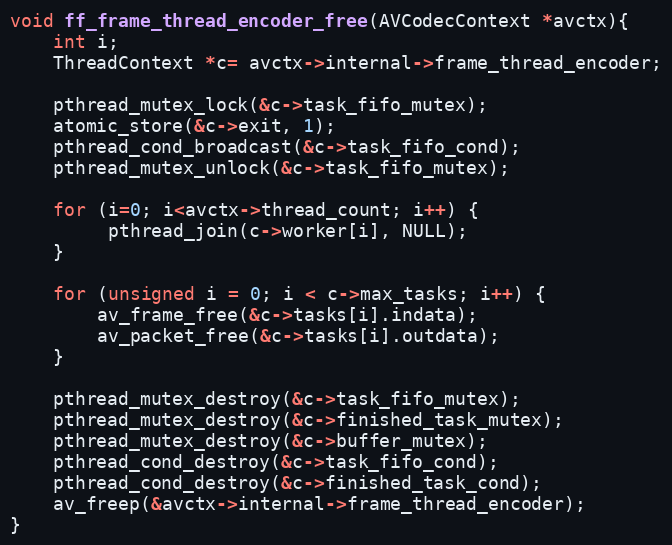
Language: C
void ff_frame_thread_encoder_free(AVCodecContext *avctx){
    int i;
    ThreadContext *c= avctx->internal->frame_thread_encoder;

    pthread_mutex_lock(&c->task_fifo_mutex);
    atomic_store(&c->exit, 1);
    pthread_cond_broadcast(&c->task_fifo_cond);
    pthread_mutex_unlock(&c->task_fifo_mutex);

    for (i=0; i<avctx->thread_count; i++) {
         pthread_join(c->worker[i], NULL);
    }

    for (unsigned i = 0; i < c->max_tasks; i++) {
        av_frame_free(&c->tasks[i].indata);
        av_packet_free(&c->tasks[i].outdata);
    }

    pthread_mutex_destroy(&c->task_fifo_mutex);
    pthread_mutex_destroy(&c->finished_task_mutex);
    pthread_mutex_destroy(&c->buffer_mutex);
    pthread_cond_destroy(&c->task_fifo_cond);
    pthread_cond_destroy(&c->finished_task_cond);
    av_freep(&avctx->internal->frame_thread_encoder);
}